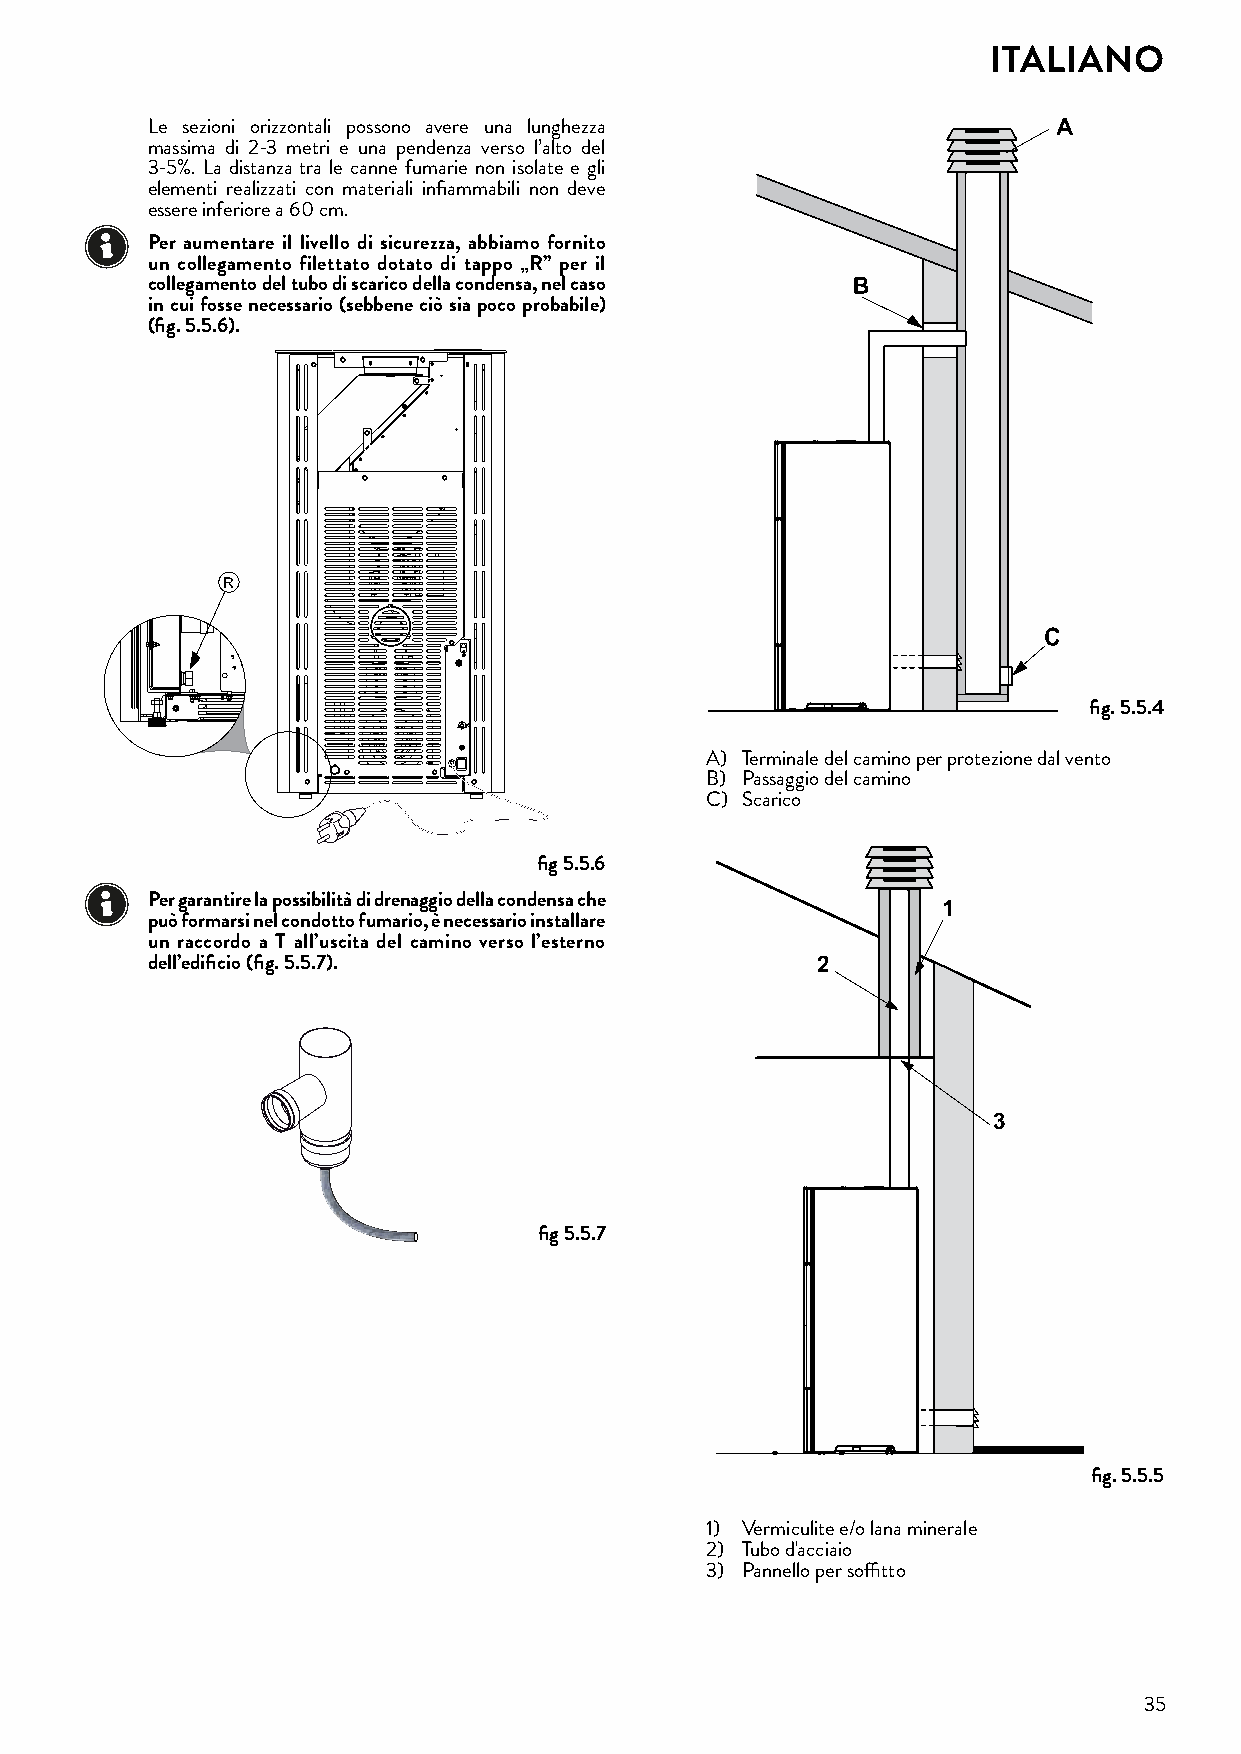
ITALIANO
 Le sezioni orizzontali possono avere una lunghezza
 massima di 2-3 metri e una pendenza verso l’alto del
 3-5%. La distanza tra le canne fumarie non isolate e gli
 elementi realizzati con materiali infiammabili non deve
 essere inferiore a 60 cm.
 Per aumentare il livello di sicurezza, abbiamo fornito
 un collegamento filettato dotato di tappo „R” per il
 collegamento del tubo di scarico della condensa, nel caso
 in cui fosse necessario (sebbene ciò sia poco probabile)
 (fig� 5�5�6)�
 R
 fig� 5�5�4
 A) Terminale del camino per protezione dal vento
 B) Passaggio del camino
 C) Scarico
 fig 5�5�6
 Per garantire la possibilità di drenaggio della condensa che
 1
 può formarsi nel condotto fumario, è necessario installare
 un raccordo a T all’uscita del camino verso l’esterno
 dell’edificio (fig� 5�5�7)�                 2
 3
 fig 5�5�7
 fig� 5�5�5
 1) Vermiculite e/o lana minerale
 2) Tubo d'acciaio
 3) Pannello per soffitto
 35